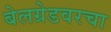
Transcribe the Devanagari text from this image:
बेलग्रेडवरचा